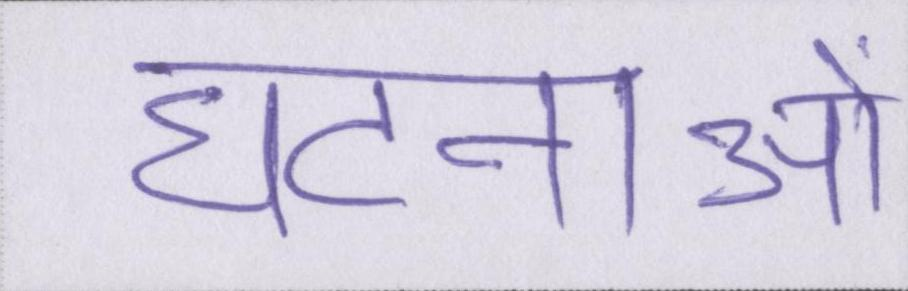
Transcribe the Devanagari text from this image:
घटनाओ